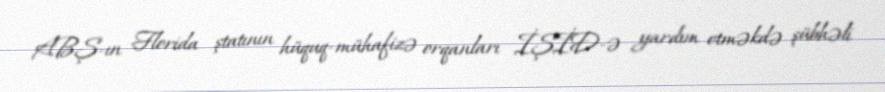
ABŞ-ın Florida ştatının hüquq-mühafizə orqanları İŞİD-ə yardım etməkdə şübhəli